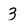
Character: 3